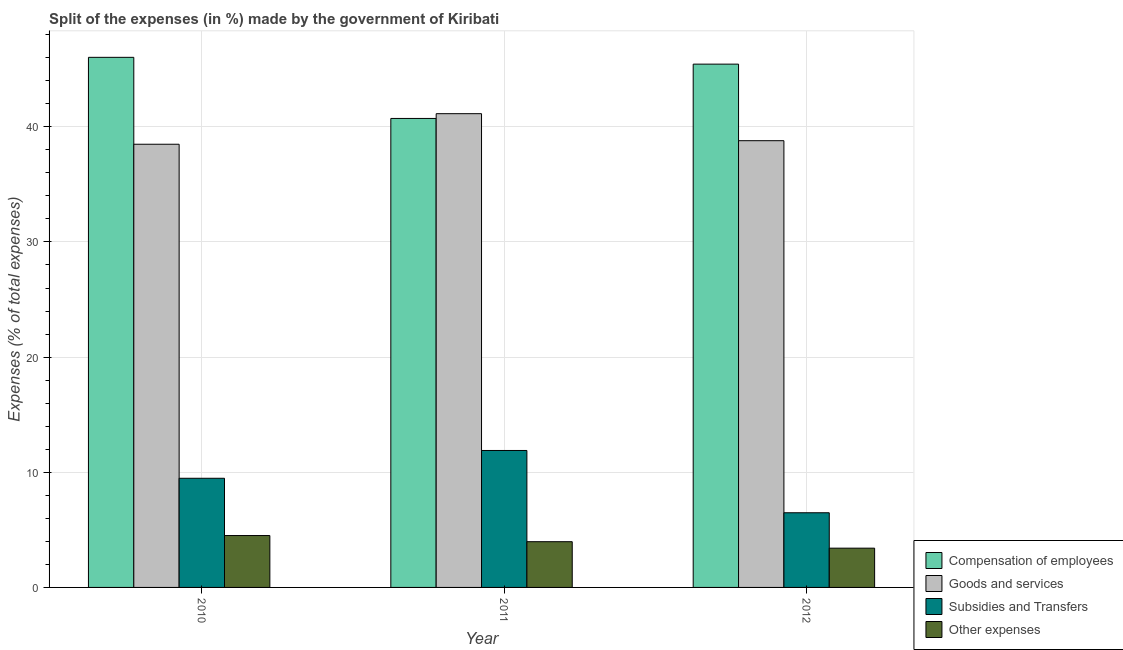
| Year | Compensation of employees | Goods and services | Subsidies and Transfers | Other expenses |
 | --- | --- | --- | --- | --- |
 | 2010 | 46 | 38.5 | 9.48 | 4.51 |
 | 2011 | 40.7 | 41.1 | 11.9 | 3.97 |
 | 2012 | 45.4 | 38.8 | 6.48 | 3.41 |